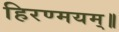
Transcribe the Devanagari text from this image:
हिरण्मयम्॥